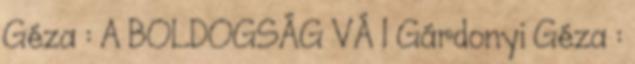
Géza : A BOLDOGSÁG VÁ 1 Gárdonyi Géza :